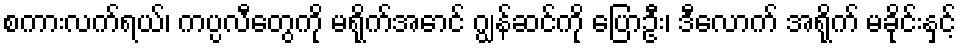
စကားလက်ရယ်၊ ကပ္ပလီတွေကို မရိုက်အောင် ဂျွန်ဆင်ကို ပြောဦး၊ ဒီလောက် အရိုက် မခိုင်းနှင့်